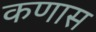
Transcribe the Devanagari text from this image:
कणास